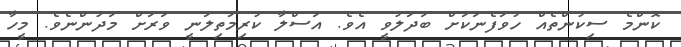
ކޮންމެ ސިކުންތެއް ހުވަފެނަކަށް ބަދަލުވީ އެވެ. އަސްލާ ކުރިމަތިލަނީ ވަރަށް މަދުންނެވެ. މީހާ